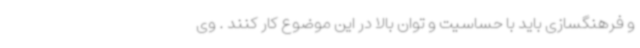
و فرهنگسازی باید با حساسیت و توان بالا در این موضوع کار کنند . وی